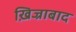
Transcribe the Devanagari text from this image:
ख़िज्राबाद